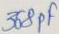
Text: 368PF